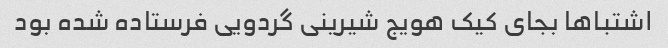
اشتباها بجای کیک هویج شیرینی گردویی فرستاده شده بود